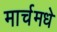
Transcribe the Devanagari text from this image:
मार्चमधे